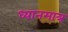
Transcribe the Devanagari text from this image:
ध्यानमात्र